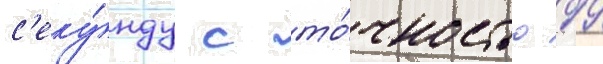
с'еку́нду с то́чностью 99